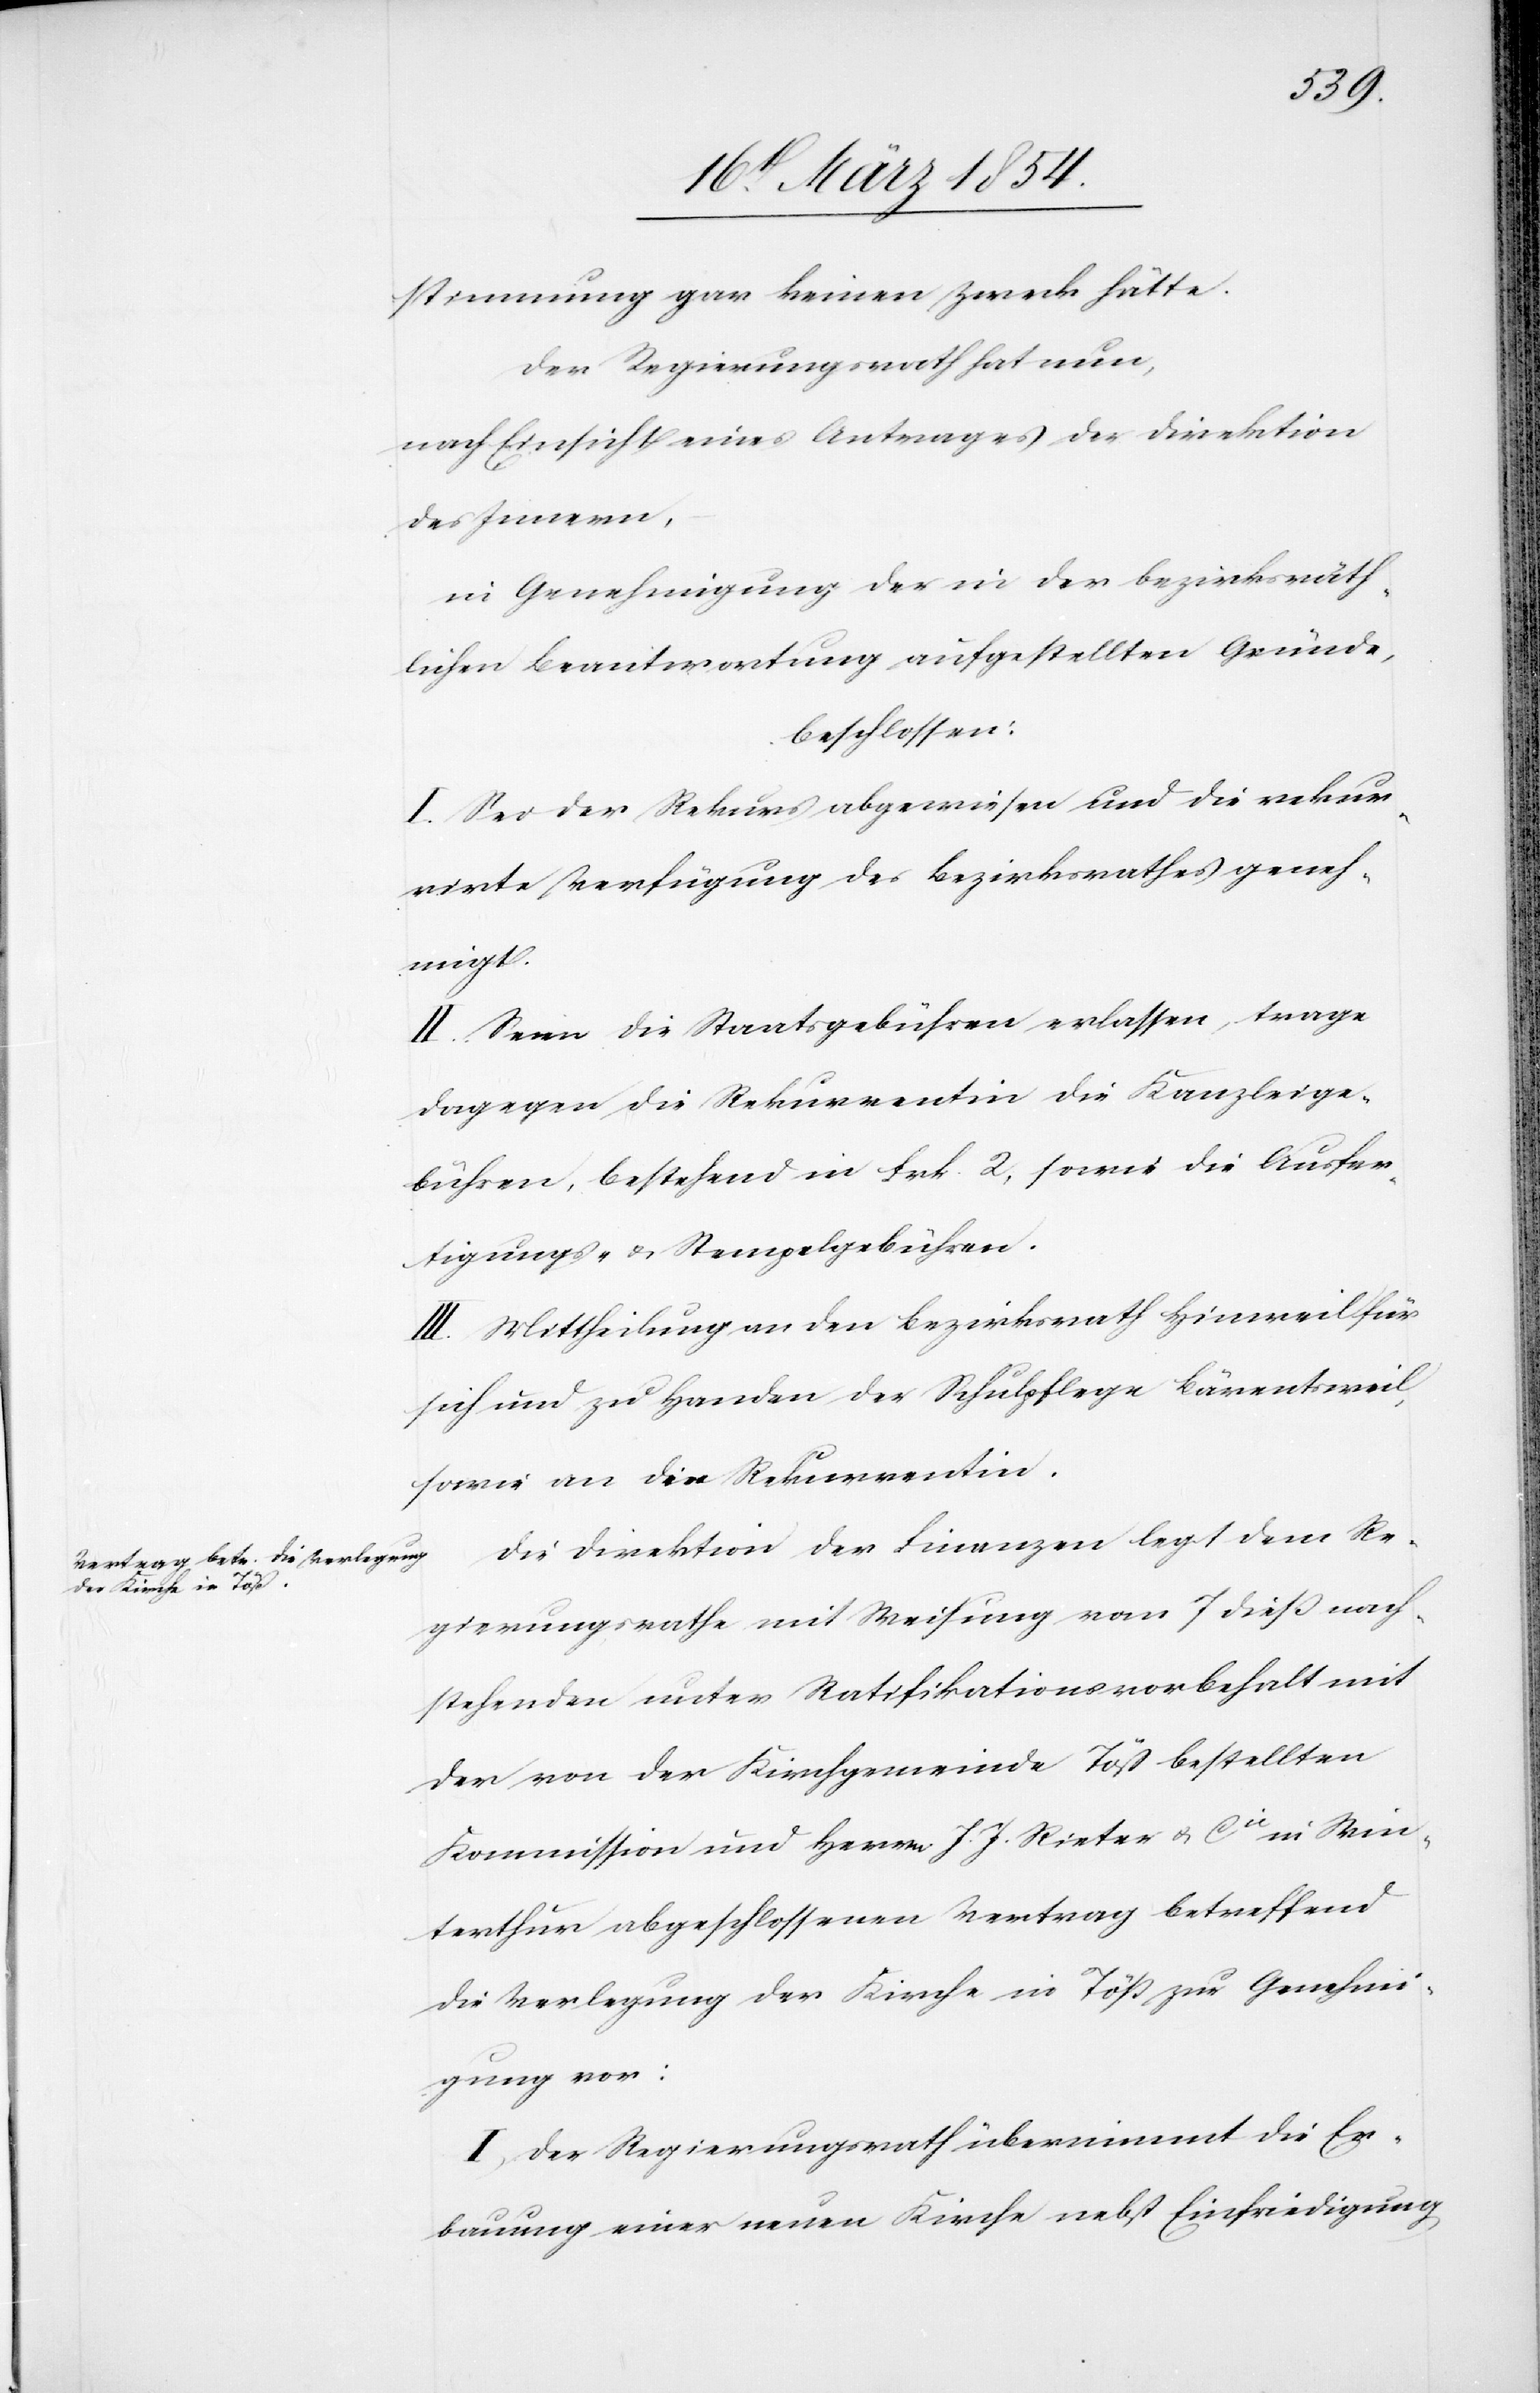
stimmung gar keinen Zweck hätte.
Der Regierungsrath hat nun,
nach Einsicht eines Antrages der Direktion
des Innern,
in Genehmigung der in der bezirksräth¬
lichen Beantwortung aufgestellten Gründe,
beschlossen:
I. Sei der Rekurs abgewiesen und die rekur¬
rirte Verfügung des Bezirksrathes geneh¬
migt.
II. Seien die Staatsgebühren erlassen, trage
dagegen die Rekurrentin die Kanzleige¬
bühren, bestehen in Frk. 2, sowie die Ausfer¬
tigungs- & Stempelgebühren.
III. Mittheilung an den Bezirksrath Hinweil für
sich und zu Handen der Schulpflege Bärentsweil,
sowie an die Rekurrentin.
Die Direktion der Finanzen legt dem Re¬
gierungsrathe mit Weisung vom 7 dieß nach¬
stehenden unter Ratifikationsvorbehalt mit
der von der Kirchgemeinde Töß bestellten
Kommission und Herrn J. J. Rieter & Cie in Win¬
terthur abgeschloßenen Vertrag betreffend
die Verlegung der Kirche in Töß zur Genehmi¬
gung vor:
I. Der Regierungsrath übernimmt die Er¬
bauung einer neuen Kirche nebst Einfriedigung